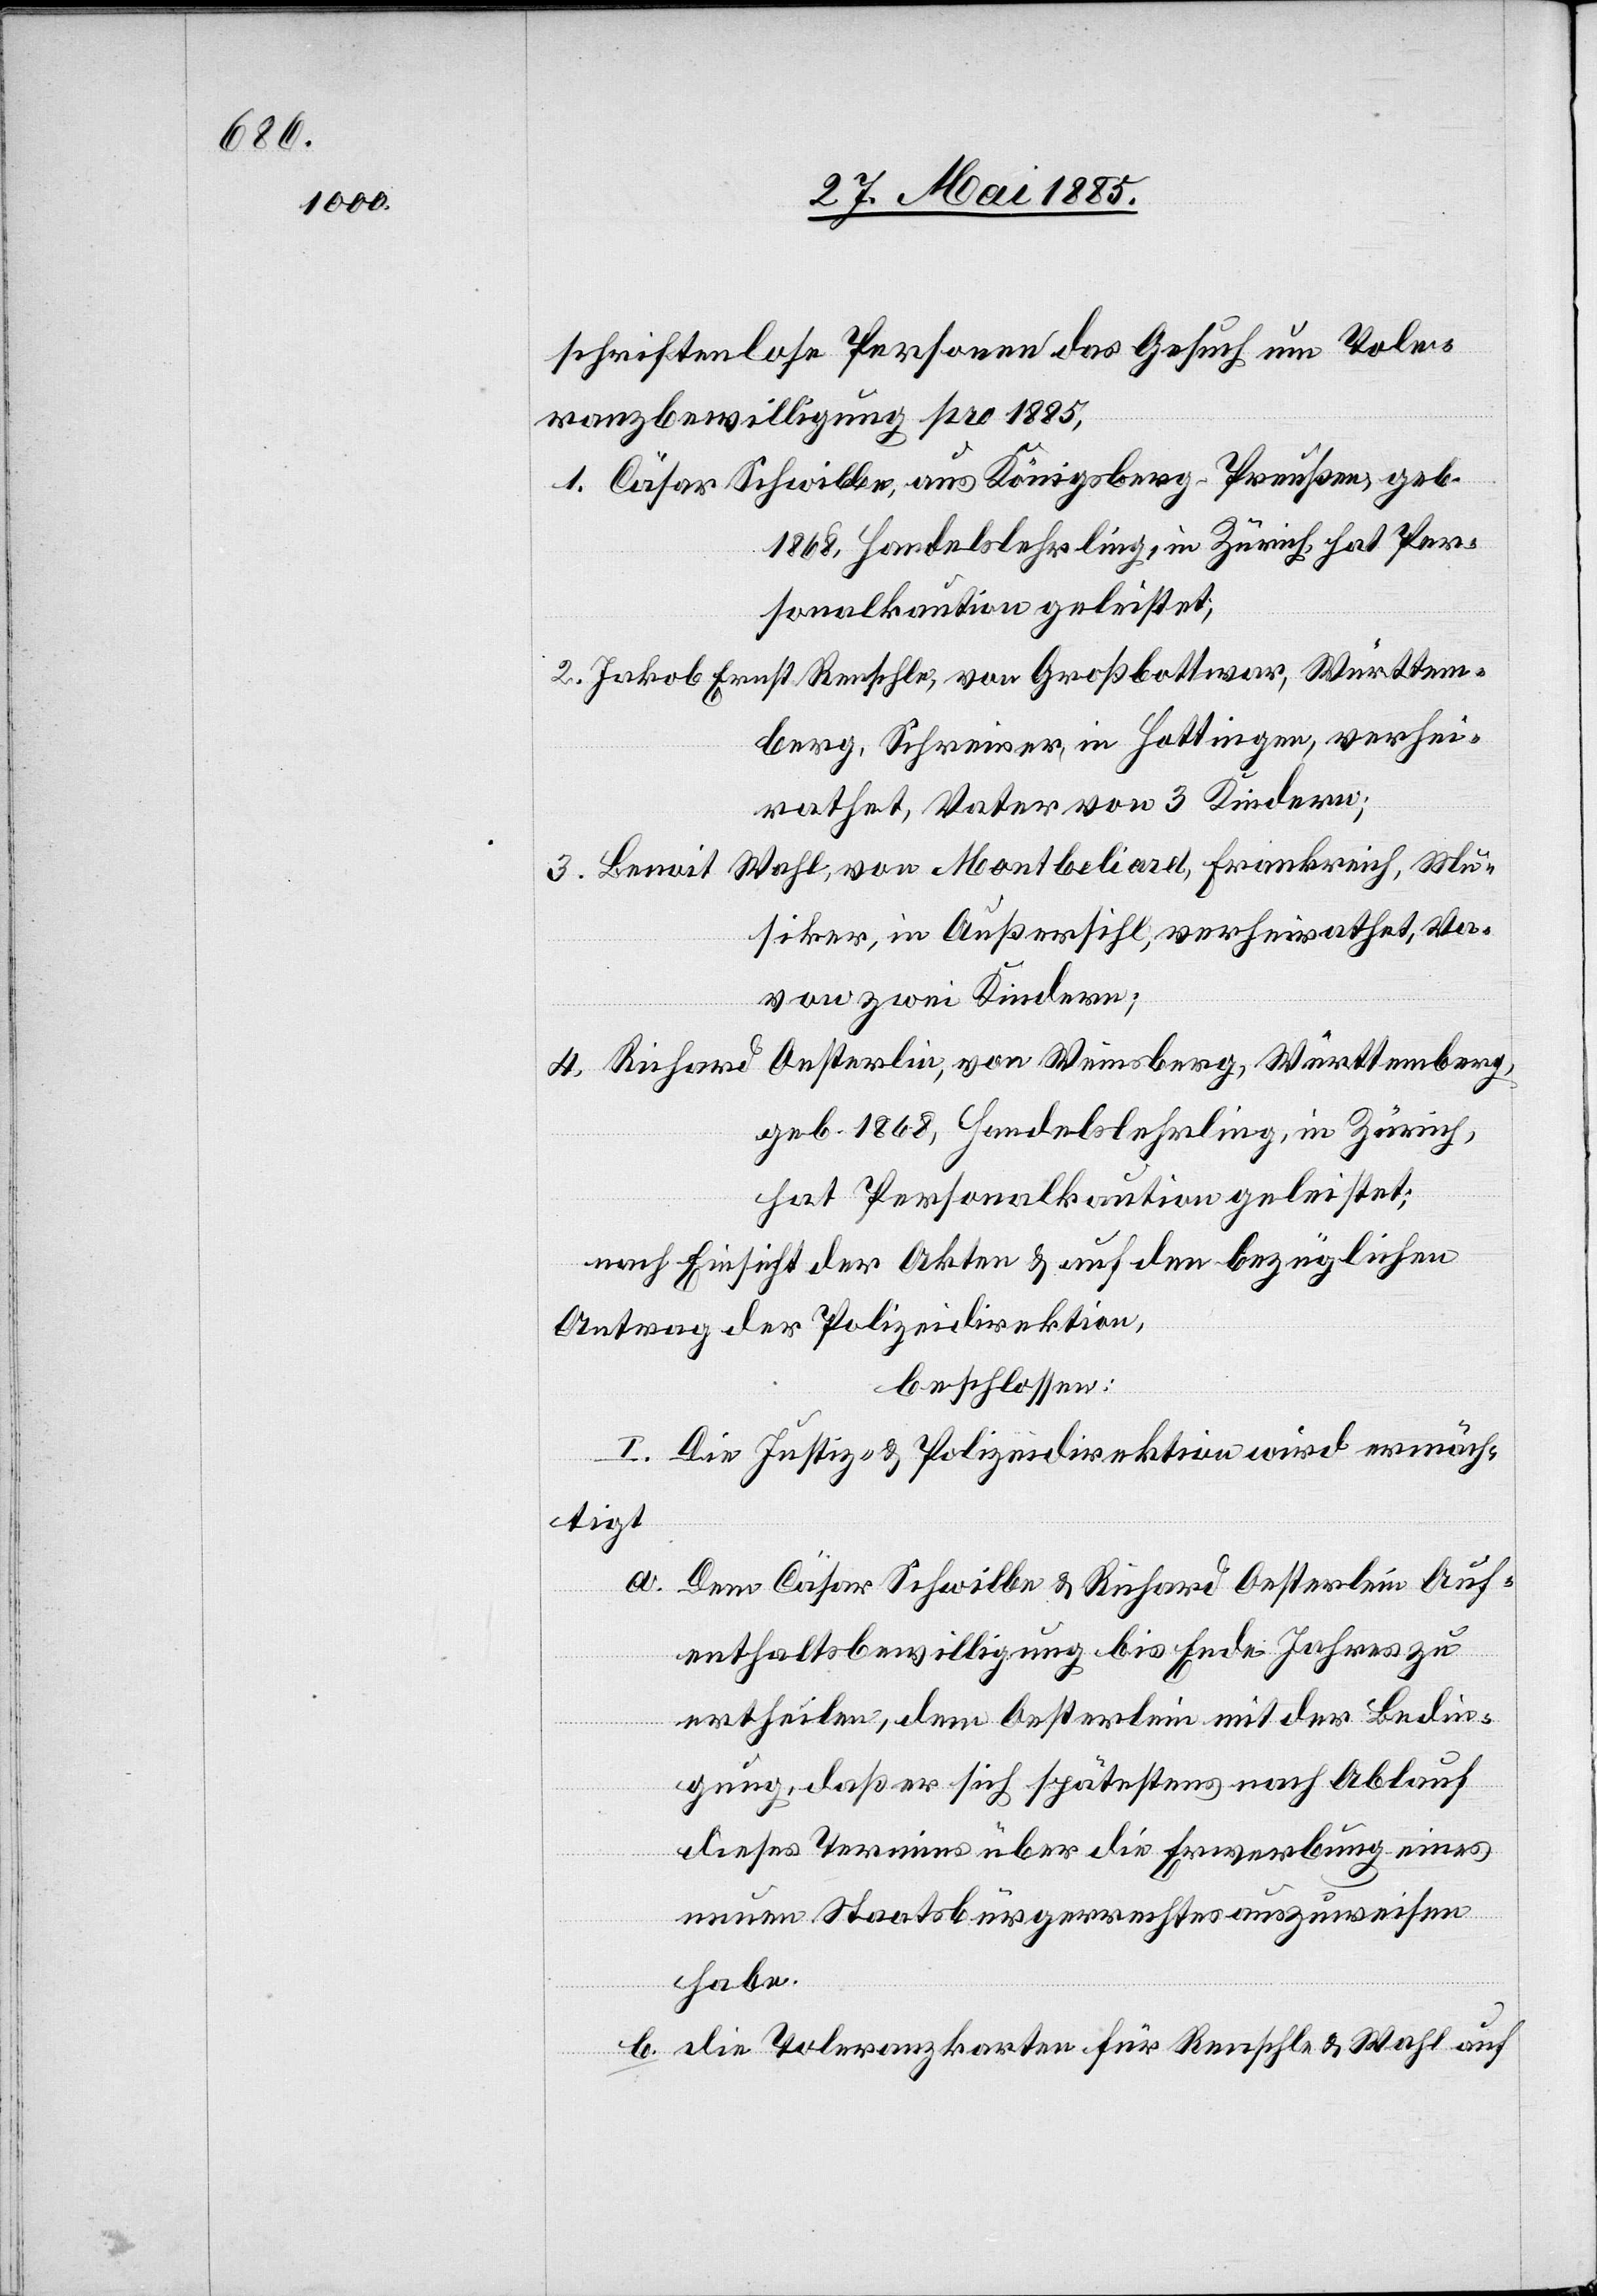
schriftenlose Personen das Gesuch um Tole¬
ranzbewilligung pro 1885,
Cäsar Schwilbe, aus Königsberg - Preußen, geb.
1868, Handelslehrling, in Zürich, hat Per¬
sonalkaution geleistet;
Jakob Ernst Renschle, von Großbottmar, Württem¬
berg, Schreiner, in Hottingen, verhei¬
rathet, Vater von 3 Kindern;
Benoit Wahl, von Montbéliard, Frankreich, Mu¬
siker, in Außersihl, verheirathet, Vater
von zwei Kindern;
Richard Oesterlin, von Weinsberg, Württemberg,
geb. 1868, Handelslehrling, in Zürich,
hat Personalkaution geleistet;
nach Einsicht der Akten & auf den bezüglichen
Antrag der Polizeidirektion,
beschlossen:
I. Die Justiz- & Polizeidirektion wird ermäch¬
tigt
a. Dem Cäsar Schwilbe & Richard Oesterlin Auf¬
enthaltsbewilligung bis Ende Jahres zu
ertheilen, dem Oesterlin mit der Bedin¬
gung, daß er sich spätestens nach Ablauf
dieses Termins über die Erwerbung eines
neuen Staatsbürgerrechtes auszuweisen
habe.
b. die Toleranzkarten für Renschle & Wahl auf